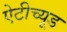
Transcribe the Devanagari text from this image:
ऐटीच्यूड